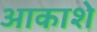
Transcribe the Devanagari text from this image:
आकाशे